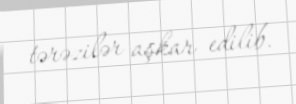
tərəzilər aşkar edilib.